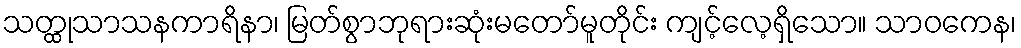
သတ္ထုသာသနကာရိနာ၊ မြတ်စွာဘုရားဆုံးမတော်မူတိုင်း ကျင့်လေ့ရှိသော။ သာဝကေန၊